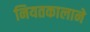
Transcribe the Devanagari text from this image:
नियतकालाने